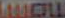
AMERWU